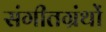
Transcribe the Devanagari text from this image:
संगीतग्रंथों